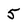
Character: 5